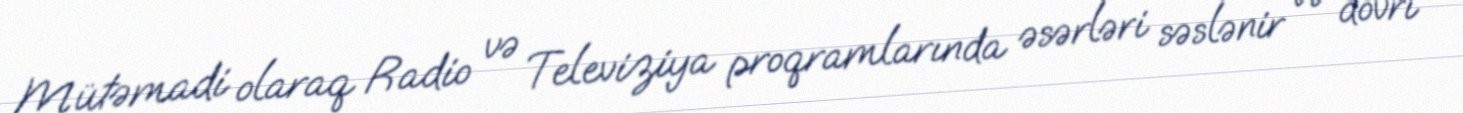
Mütəmadi olaraq Radio və Televiziya proqramlarında əsərləri səslənir və dövri